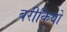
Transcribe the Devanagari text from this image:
बरीकियो